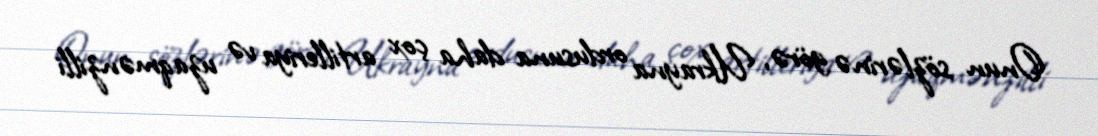
Onun sözlərinə görə, Ukrayna ordusuna daha çox artilleriya və uzaqmənzilli